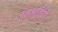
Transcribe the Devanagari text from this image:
जनश्रुतियो